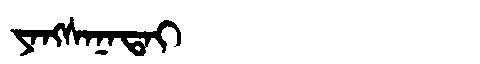
Manchu: ᠶᠠᠩᠰᠠᠨᠠᡨᠠᡳ
Romanization: YANGSANATAI